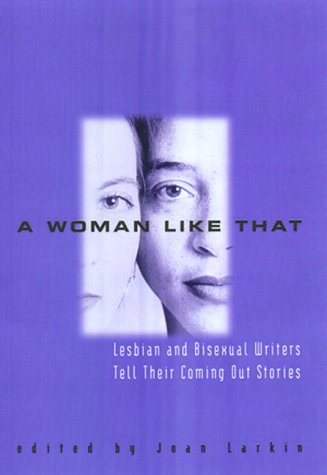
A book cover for A Woman Like That: Lesbian and Bisexual Writers Tell Their Coming Out Stories; Joan Larkin; Gay & Lesbian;